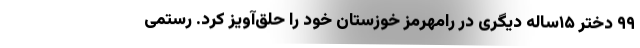
۹۹ دختر ۱۵ساله‌ دیگری در رامهرمز خوزستان خود را حلق‌آویز کرد. رستمی